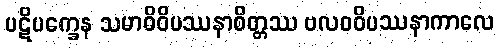
ပဋိပက္ခေန သမာဓိဝိပဿနာစိတ္တဿ ဗလဝဝိပဿနာကာလေ